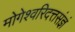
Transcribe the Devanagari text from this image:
मोगेश्वरिदत्तसंज्ञं